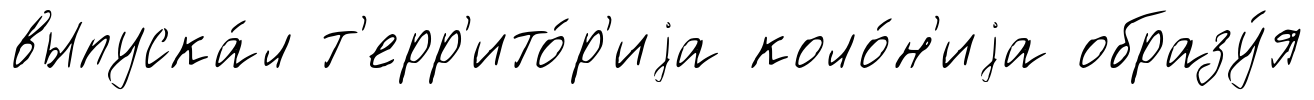
выпуска́л т'ерр'ито́р'иjа коло́н'иjа образу́я